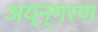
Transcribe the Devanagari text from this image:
अय्न्गरण